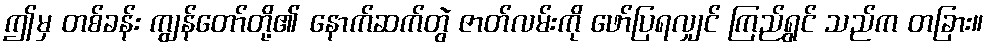
ဤမှ တစ်ခန်း ကျွန်တော်တို့၏ နောက်ဆက်တွဲ ဇာတ်လမ်းကို ဖော်ပြရလျှင် ကြည်ရွှင် သည်က တခြား။